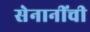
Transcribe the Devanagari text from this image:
सेनानींची